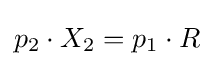
p_{2}\cdot X_{2}=p_{1}\cdot R